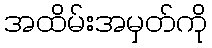
အထိမ်းအမှတ်ကို